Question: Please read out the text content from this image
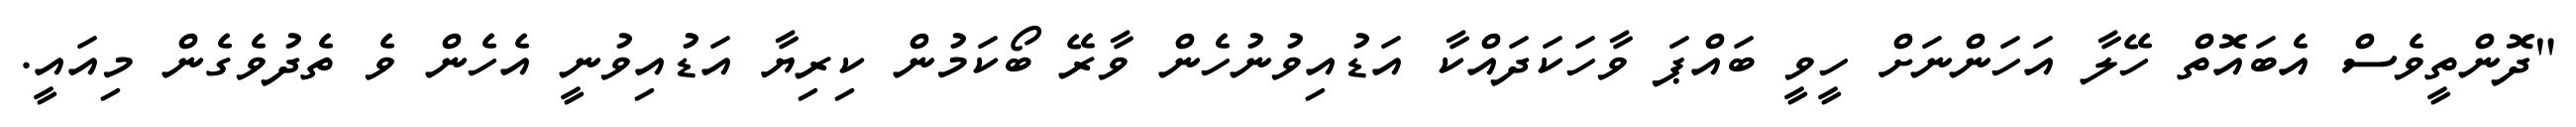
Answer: "ދޮންތީވެސް އެބައޮތް ހޭލާ އަހަންނަށް ހީވީ ބައްޕަ ވާހަކަދައްކާ އަޑުއިވުނުހެން ވާރޭ ބޯކަމުން ކިރިޔާ އަޑުއިވުނީ އެހެން ވެ ތެދުވެގެން މިއައީ.